Source: Handwritten
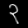
Digit: ၃ (3)